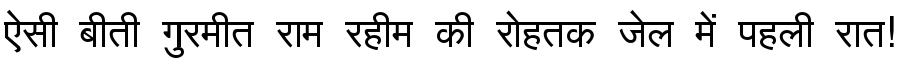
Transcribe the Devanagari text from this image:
ऐसी बीती गुरमीत राम रहीम की रोहतक जेल में पहली रात!